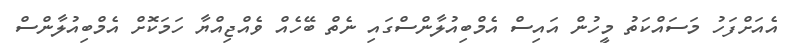
އެއަށްފަހު މަސައްކަތު މީހުން އައިސް އެމްބިއުލާންސްގައި ނެތް ބޭހެއް ވެއްޖިއްޔާ ހަމަކޮށް އެމްބިއުލާންސް